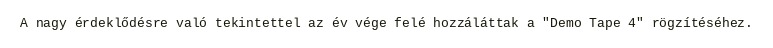
A nagy érdeklődésre való tekintettel az év vége felé hozzáláttak a "Demo Tape 4" rögzítéséhez.